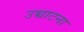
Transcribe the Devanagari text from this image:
उच्चाटना